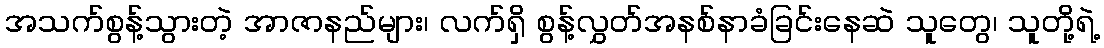
အသက်စွန့်သွားတဲ့ အာဇာနည်များ၊ လက်ရှိ စွန့်လွှတ်အနစ်နာခံခြင်းနေဆဲ သူတွေ၊ သူတို့ရဲ့